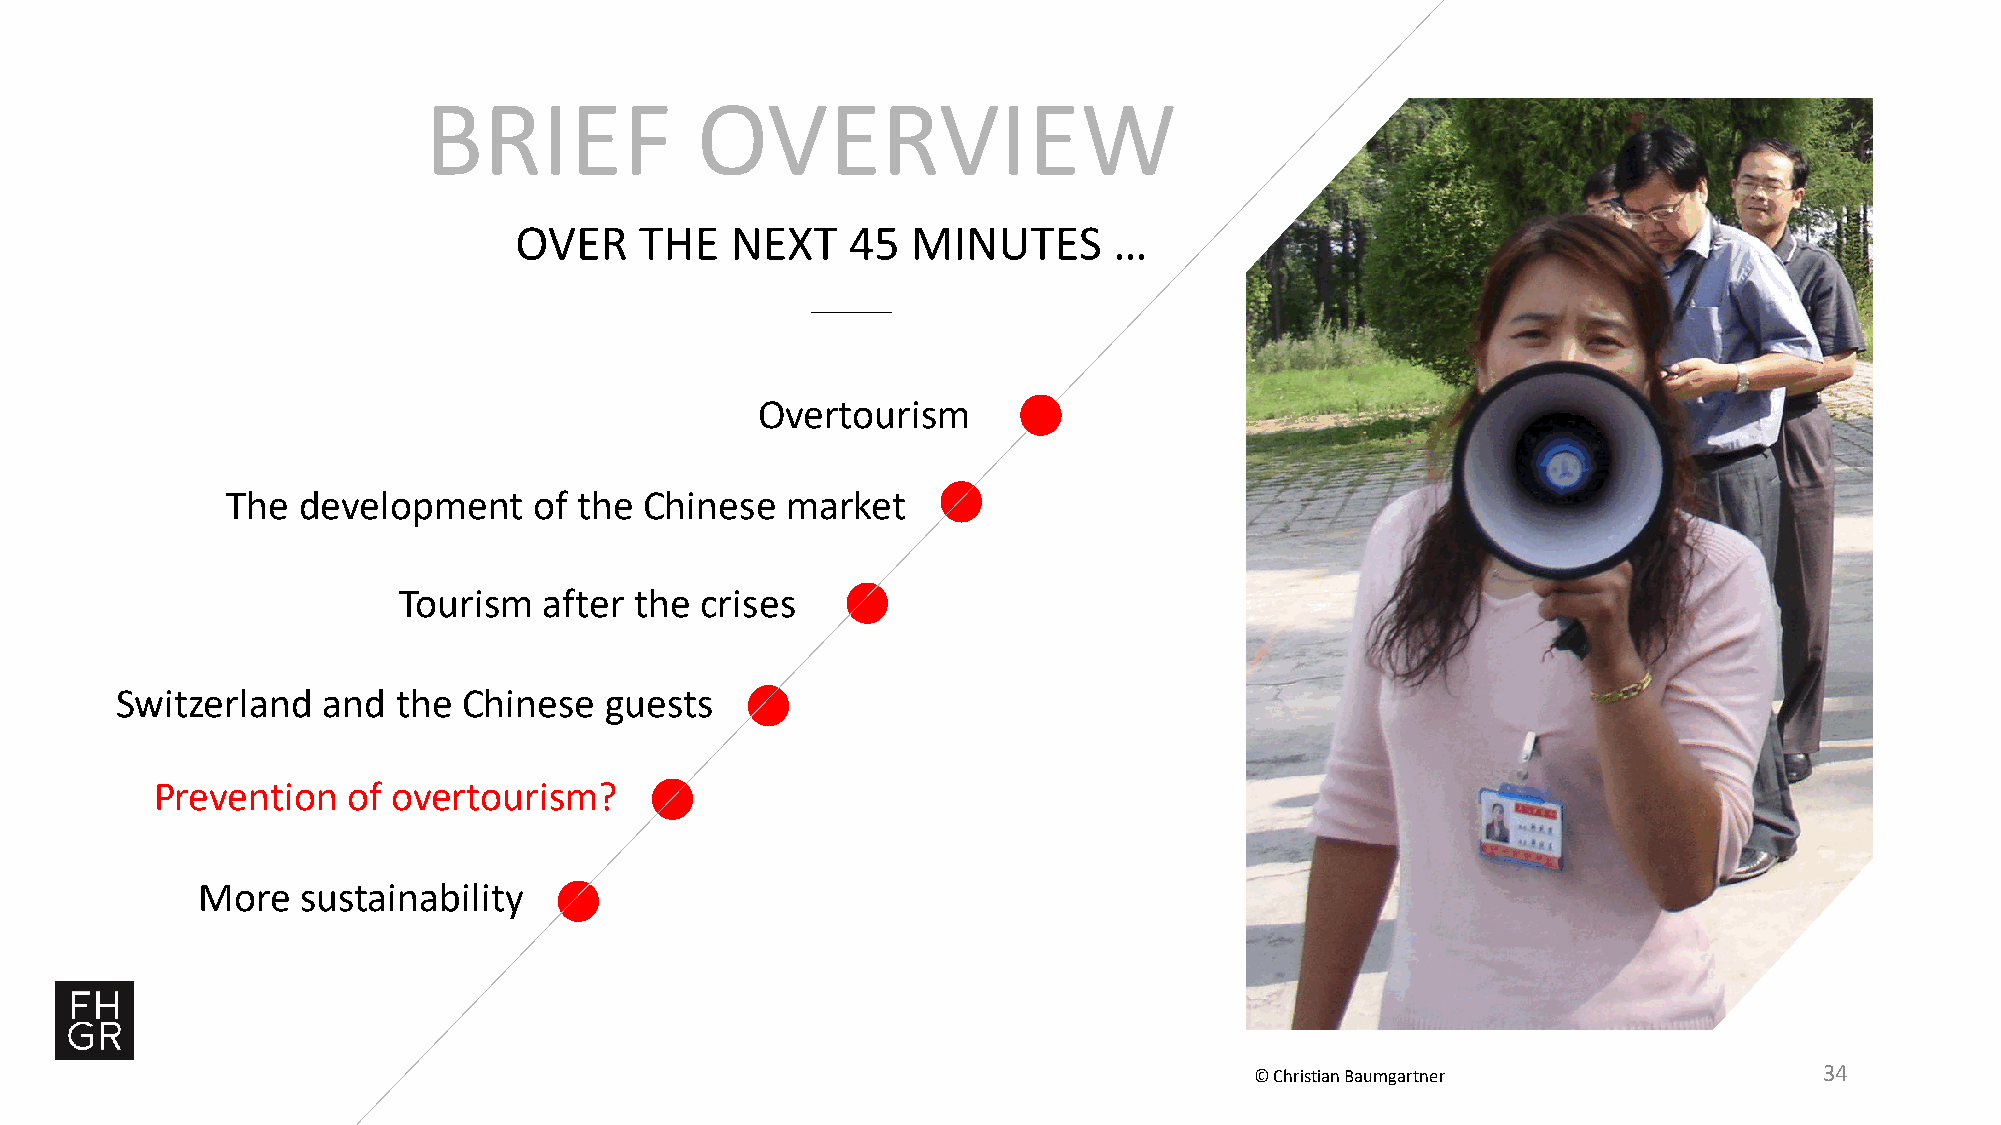
BRIEF             OVERVIEW
 OVER    THE   NEXT    45  MINUTES       …
 Overtourism
 The  development    of the  Chinese  market
 Tourism   after the crises
 Switzerland  and  the  Chinese  guests
 Prevention   of overtourism?
 More   sustainability
 © Christian Baumgartner               34